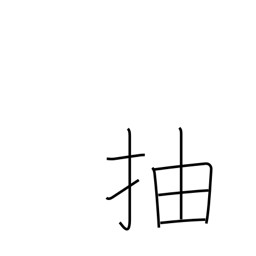
Meaning: excel